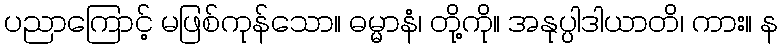
ပညာကြောင့် မဖြစ်ကုန်သော။ ဓမ္မာနံ၊ တို့ကို။ အနုပ္ပါဒါယာတိ၊ ကား။ န